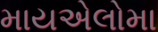
માયએલોમા